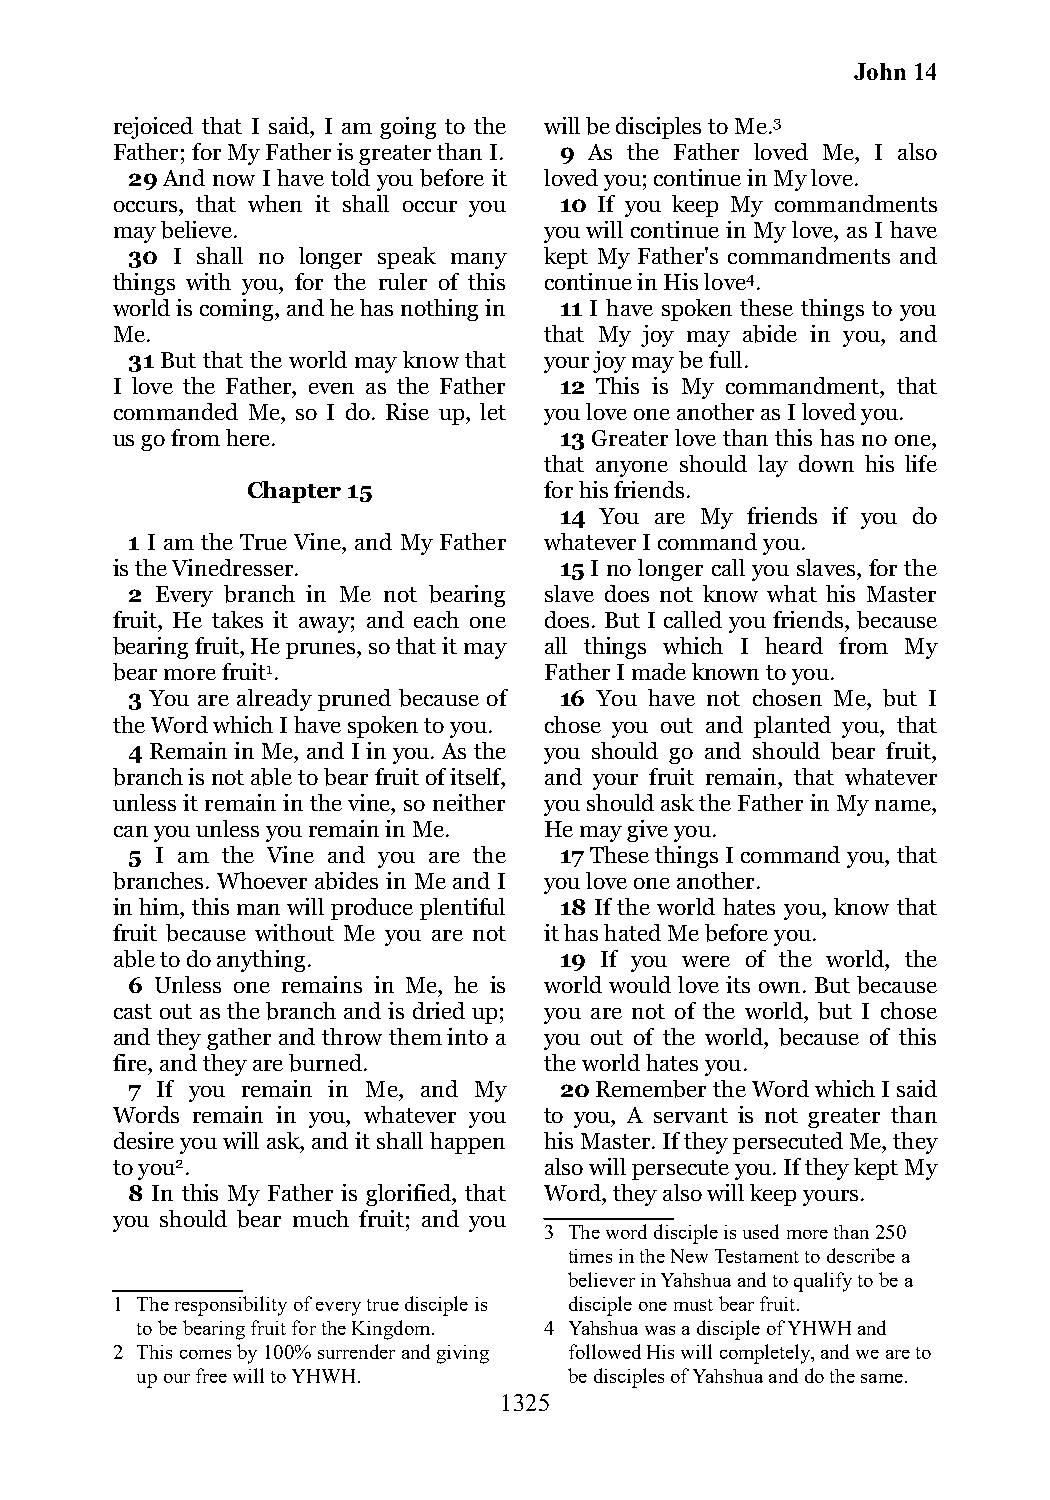
John 14
 rejoiced that I said, I am going to the will be disciples to Me.3
 Father; for My Father is greater than I. 9 As the Father loved Me, I also
 29 And now I have told you before it loved you; continue in My love.
 occurs, that when it shall occur you 10 If you keep My commandments
 may believe.                 you will continue in My love, as I have
 30 I shall no longer speak many kept My Father's commandments and
 things with you, for the ruler of this continue in His love4.
 world is coming, and he has nothing in 11 I have spoken these things to you
 Me.                          that My joy may abide in you, and
 31 But that the world may know that your joy may be full.
 I love the Father, even as the Father 12 This is My commandment, that
 commanded Me, so I do. Rise up, let you love one another as I loved you.
 us go from here.              13 Greater love than this has no one,
 that anyone should lay down his life
 Chapter 15          for his friends.
 14 You are My friends if you do
 1 I am the True Vine, and My Father whatever I command you.
 is the Vinedresser.           15 I no longer call you slaves, for the
 2 Every branch in Me not bearing slave does not know what his Master
 fruit, He takes it away; and each one does. But I called you friends, because
 bearing fruit, He prunes, so that it may all things which I heard from My
 bear more fruit1.            Father I made known to you.
 3 You are already pruned because of 16 You have not chosen Me, but I
 the Word which I have spoken to you. chose you out and planted you, that
 4 Remain in Me, and I in you. As the you should go and should bear fruit,
 branch is not able to bear fruit of itself, and your fruit remain, that whatever
 unless it remain in the vine, so neither you should ask the Father in My name,
 can you unless you remain in Me. He may give you.
 5 I am the Vine and you are the 17 These things I command you, that
 branches. Whoever abides in Me and I you love one another.
 in him, this man will produce plentiful 18 If the world hates you, know that
 fruit because without Me you are not it has hated Me before you.
 able to do anything.          19 If you were of the world, the
 6 Unless one remains in Me, he is world would love its own. But because
 cast out as the branch and is dried up; you are not of the world, but I chose
 and they gather and throw them into a you out of the world, because of this
 fire, and they are burned.   the world hates you.
 7 If you remain in Me, and My 20 Remember the Word which I said
 Words remain in you, whatever you to you, A servant is not greater than
 desire you will ask, and it shall happen his Master. If they persecuted Me, they
 to you2.                     also will persecute you. If they kept My
 8 In this My Father is glorified, that Word, they also will keep yours.
 you should bear much fruit; and you
 3 The word disciple is used more than 250
 times in the New Testament to describe a
 believer in Yahshua and to qualify to be a
 1 The responsibility of every true disciple is disciple one must bear fruit.
 to be bearing fruit for the Kingdom. 4 Yahshua was a disciple of YHWH and
 2 This comes by 100% surrender and giving followed His will completely, and we are to
 up our free will to YHWH.    be disciples of Yahshua and do the same.
 1325